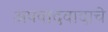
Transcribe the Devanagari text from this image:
अपवादवादाचे